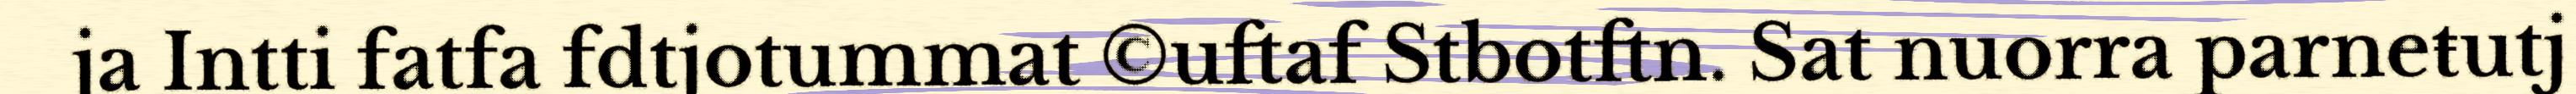
ja Intti fatfa fdtjotummat ©uftaf Stbotftn. Sat nuorra parneŧutj